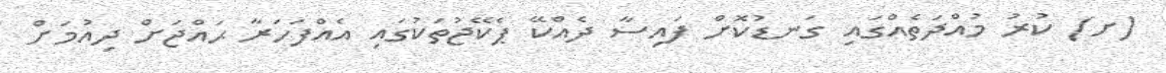
(ށ) ކުރު މުއްދަތެއްގައި ގަނޑުކޮށް ފައިސާ ދެއްކޭ ޕެކޭޖުތަކުގައި އެއްފަހަރާ ޙައްޖަށް ދިއުމަށް